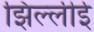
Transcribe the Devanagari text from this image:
झिल्लीई